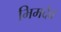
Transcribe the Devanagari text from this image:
भिमदेव